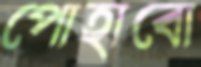
পোহাবো